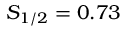
S _ { 1 / 2 } = 0 . 7 3